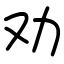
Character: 劝